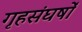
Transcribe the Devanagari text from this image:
गृहसंघर्षों